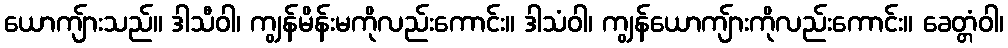
ယောကျ်ားသည်။ ဒါသီဝါ၊ ကျွန်မိန်းမကိုလည်းကောင်း။ ဒါသံဝါ၊ ကျွန်ယောကျ်ားကိုလည်းကောင်း။ ခေတ္တံဝါ၊